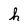
Character: h